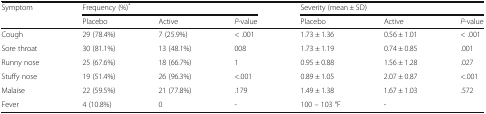
| <ROWSPAN=2> Symptom | <COLSPAN=3> Frequency (%)* | <COLSPAN=3> Severity (mean ± SD) |
 | Placebo | Active | P-value | Placebo | Active | P-value |
 | --- | --- | --- | --- | --- | --- | --- |
 | Cough | 29 (78.4%) | 7 (25.9%) | < .001 | 1.73 ± 1.36 | 0.56 ± 1.01 | < .001 |
 | Sore throat | 30 (81.1%) | 13 (48.1%) | 008 | 1.73 ± 1.19 | 0.74 ± 0.85 | .001 |
 | Runny nose | 25 (67.6%) | 18 (66.7%) | 1 | 0.95 ± 0.88 | 1.56 ± 1.28 | .027 |
 | Stuffy nose | 19 (51.4%) | 26 (96.3%) | <.001 | 0.89 ± 1.05 | 2.07 ± 0.87 | <.001 |
 | Malaise | 22 (59.5%) | 21 (77.8%) | .179 | 1.49 ± 1.38 | 1.67 ± 1.03 | .572 |
 | Fever | 4 (10.8%) | 0 | - | 100 – 103 °F | - |  |